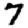
Digit: 7